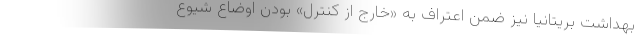
بهداشت بریتانیا نیز ضمن اعتراف به «خارج از کنترل» بودن اوضاع شیوع